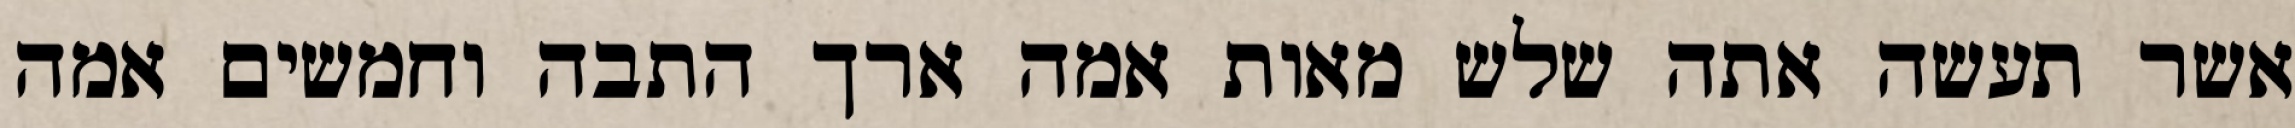
אשר תעשה אתה שלש מאות אמה ארך התבה וחמשים אמה